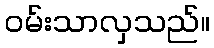
ဝမ်းသာလှသည်။